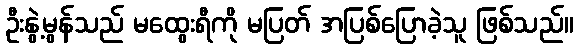
ဦးနွဲ့မွန်သည် မထွေးရီကို မပြတ် အပြစ်ပြောခဲ့သူ ဖြစ်သည်။